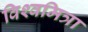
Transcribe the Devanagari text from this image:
विश्‍वमित्रा